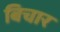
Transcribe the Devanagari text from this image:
बिचार